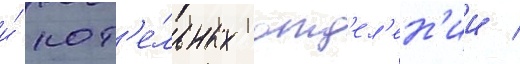
и́ кот'е́льных отд'ел'ен'ии /